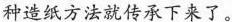
种造纸方法就传承下来了。